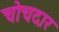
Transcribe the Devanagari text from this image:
चोचदार